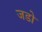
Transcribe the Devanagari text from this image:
जडो